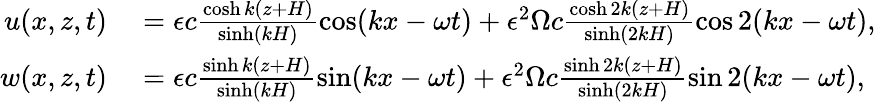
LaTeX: \begin{array}{rl}{u(x,z,t)}&{{}=\epsilon c\frac{\cosh k(z+H)}{\sinh(kH)}\cos(kx-\omega t)+\epsilon^{2}\Omega c\frac{\cosh 2k(z+H)}{\sinh(2kH)}\cos 2(kx-\omega t),}\\ {w(x,z,t)}&{{}=\epsilon c\frac{\sinh k(z+H)}{\sinh(kH)}\sin(kx-\omega t)+\epsilon^{2}\Omega c\frac{\sinh 2k(z+H)}{\sinh(2kH)}\sin 2(kx-\omega t),}\end{array}